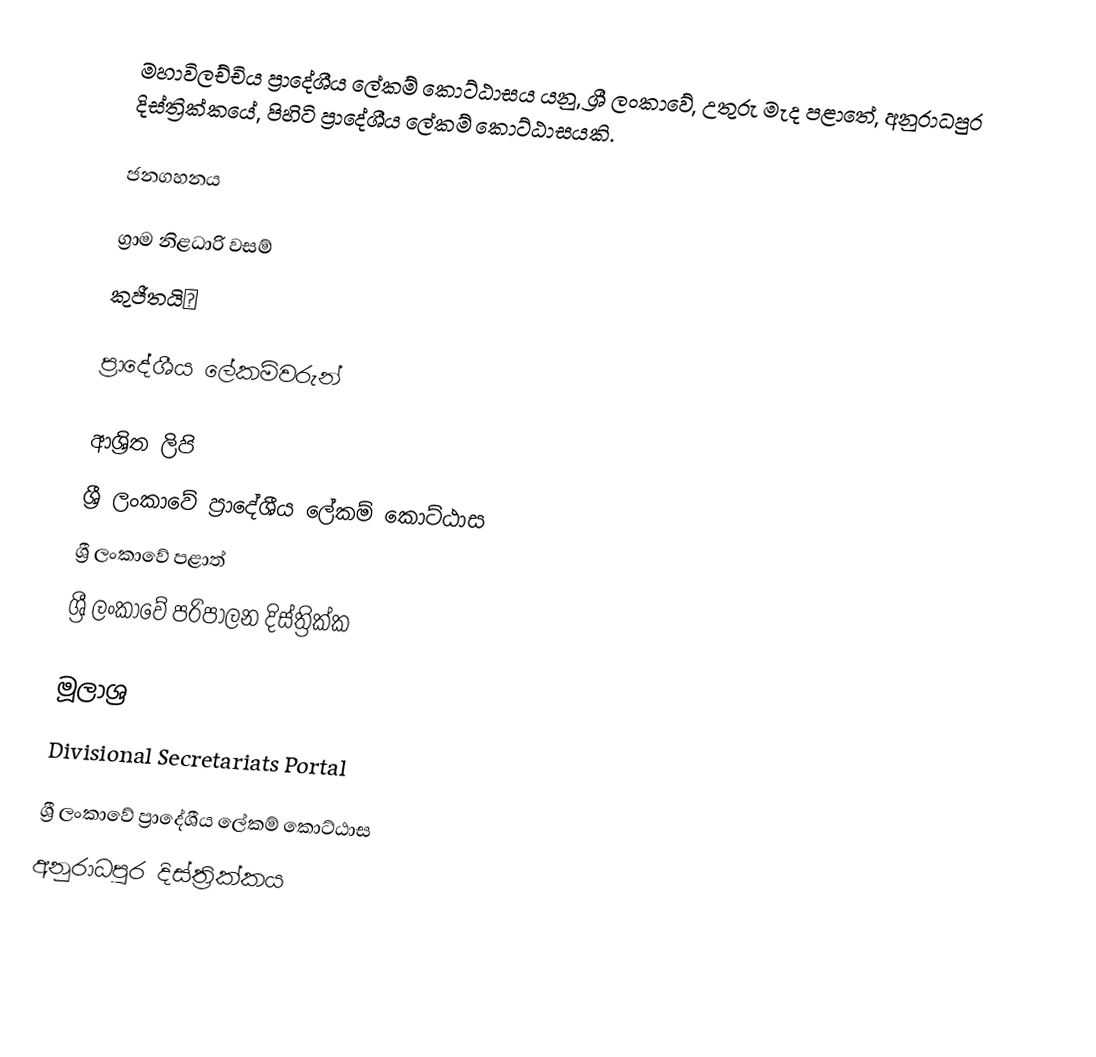
මහාවිලච්චිය ප්‍රාදේශීය ලේකම් කොට්ඨාසය යනු,  ශ්‍රී ලංකාවේ,  උතුරු මැද පළාතේ,   අනුරාධපුර දිස්ත්‍රික්කයේ, පිහිටි ප්‍රාදේශීය ලේකම් කොට්ඨාසයකි.

ජනගහනය

ග්‍රාම නිළධාරි වසම්
කුජීතයි😂

ප්‍රාදේශීය ලේකම්වරුන්

ආශ්‍රිත ලිපි
ශ්‍රී ලංකාවේ ප්‍රාදේශීය ලේකම් කොට්ඨාස
ශ්‍රී ලංකාවේ පළාත්
ශ්‍රී ලංකාවේ පරිපාලන දිස්ත්‍රික්ක

මූලාශ්‍ර
 Divisional Secretariats Portal

ශ්‍රී ලංකාවේ ප්‍රාදේශීය ලේකම් කොට්ඨාස
අනුරාධපුර දිස්ත්‍රික්කය